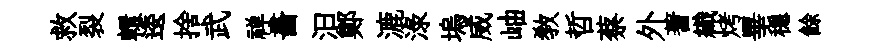
救裂轘逶捨武禅畵汩鄭漉渌塢威岫敎哲蔡外蓍織烤畢穩餘